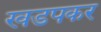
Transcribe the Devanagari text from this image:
खडपकर